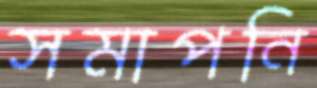
সমাপনি